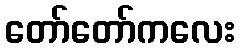
တော်တော်ကလေး